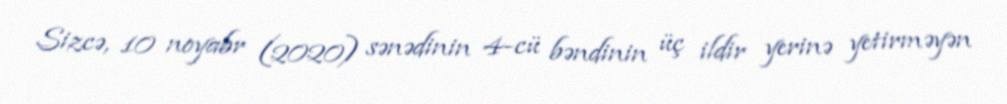
Sizcə, 10 noyabr (2020) sənədinin 4-cü bəndinin üç ildir yerinə yetirməyən